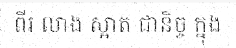
ពីរ លាង ស្អាត ជានិច្ច ក្នុង